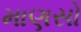
માણસો